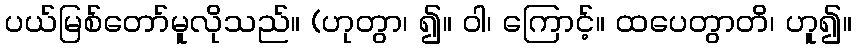
ပယ်မြစ်တော်မူလိုသည်။ (ဟုတွာ၊ ၍။ ဝါ၊ ကြောင့်။ ထပေတွာတိ၊ ဟူ၍။